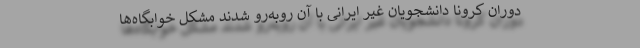
دوران کرونا دانشجویان غیر ایرانی با آن روبه‌رو شدند مشکل خوابگاه‌ها